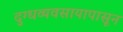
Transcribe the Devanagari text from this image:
दुग्धव्यवसायापासून